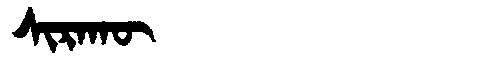
Manchu: ᠰᡳᡵᠠᡴᡡ
Romanization: SIRAKŪ